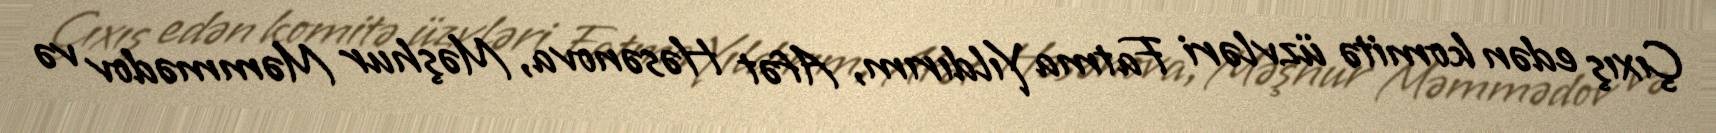
Çıxış edən komitə üzvləri Fatma Yıldırım, Afət Həsənova, Məşhur Məmmədov və